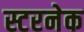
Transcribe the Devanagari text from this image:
स्टरनेक